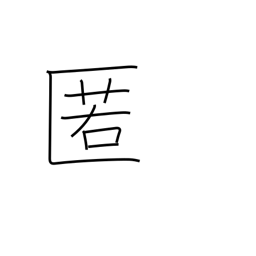
Meaning: shelter